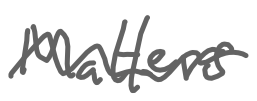
Text: Matters
Cross-out: wave
Writing tool: digital_gray